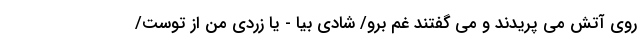
روی آتش می پریدند و می گفتند غم برو/ شادی بیا - یا زردی من از توست/